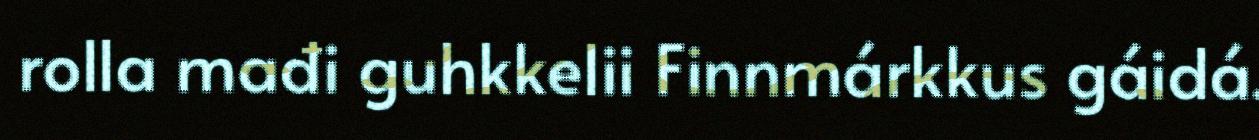
rolla mađi guhkkelii Finnmárkkus gáidá.